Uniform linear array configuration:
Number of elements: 32
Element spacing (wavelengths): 0.25
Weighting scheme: exponential
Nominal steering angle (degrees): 15
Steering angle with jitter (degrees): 13.012
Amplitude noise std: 0.05
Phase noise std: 0.05

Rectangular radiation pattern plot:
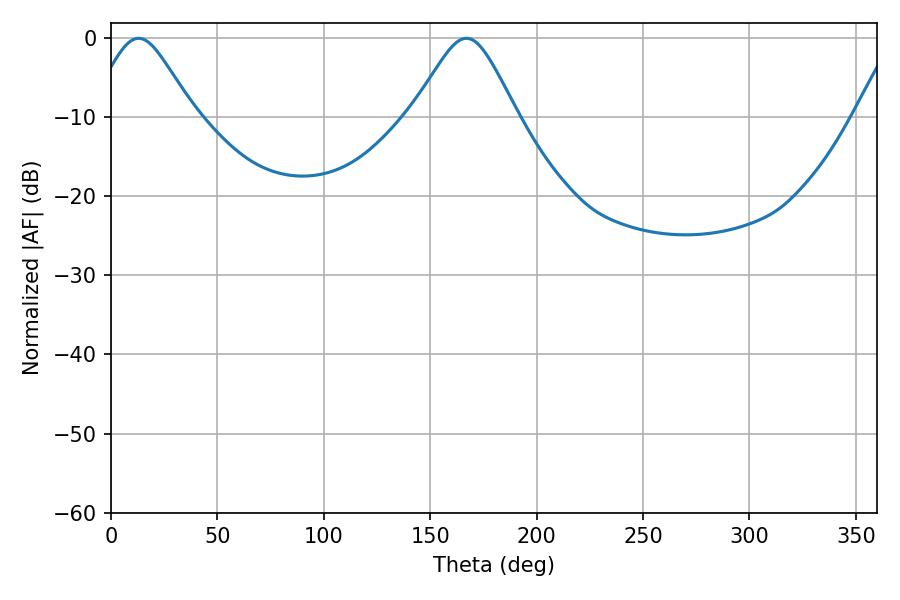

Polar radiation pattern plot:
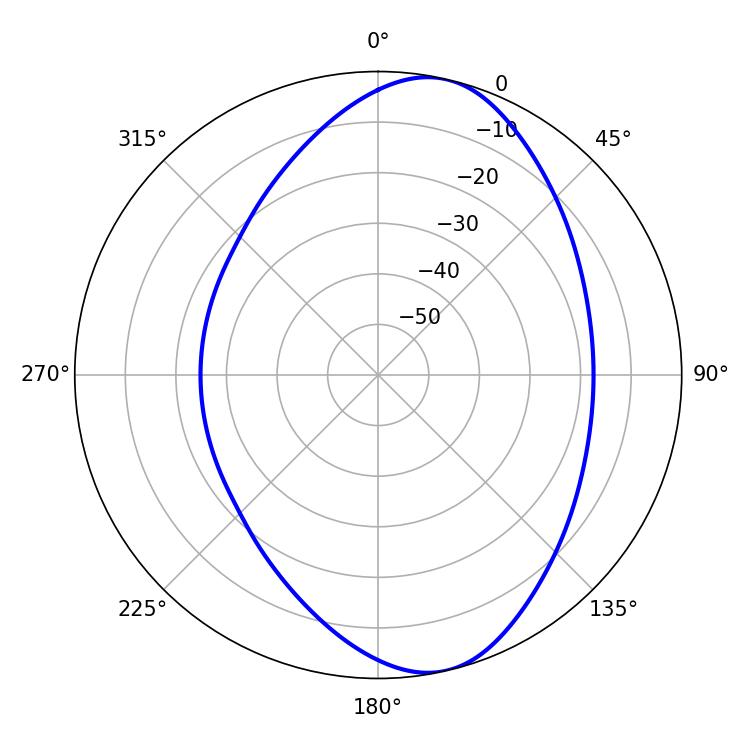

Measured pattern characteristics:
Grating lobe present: FALSE
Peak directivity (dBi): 8.905
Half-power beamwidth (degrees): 23.76
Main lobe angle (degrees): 12.96